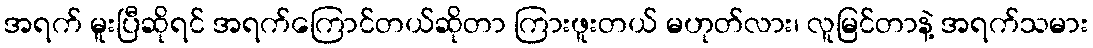
အရက် မူးပြီဆိုရင် အရက်ကြောင်တယ်ဆိုတာ ကြားဖူးတယ် မဟုတ်လား၊ လူမြင်တာနဲ့ အရက်သမား